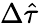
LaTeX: \Delta\hat{\tau}